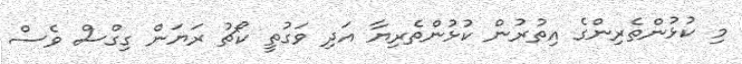
މި ކުޅުންތެރިންގެ އިތުރުން ކުޅުންތެރިޔާ އަދި ވަގުތީ ކޯޗު ރަޔަން ގިގްސް ވެސް